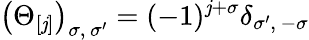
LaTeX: \left(\Theta_{[\mathit{j}]}\right)_{\sigma,\, \sigma^{\prime}}=(-1)^{\mathit{j}+\sigma}\delta_{\sigma^{\prime},\, -\sigma}